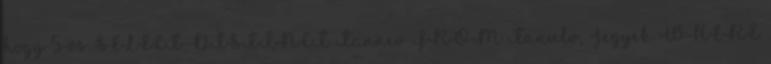
hogy 5-ös SELECT DISTINCT Tannev FROM Tanulo, Jegyek WHERE